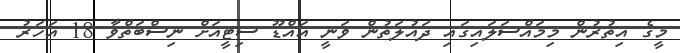
މީގެ އިތުރުން މިމައްސަލައިގައި ދައުލަތުން ވަނީ އައްޑޫ ސިޓީއަށް ނިސްބަތްވާ 18 އަހަރު